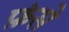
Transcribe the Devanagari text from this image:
फ़ंसे